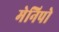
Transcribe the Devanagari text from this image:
मेनिपो